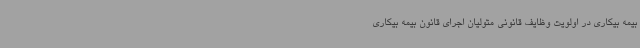
بیمه بیکاری در اولویت وظایف قانونی متولیان اجرای قانون بیمه بیکاری